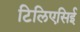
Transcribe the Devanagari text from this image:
टिलिएसिई